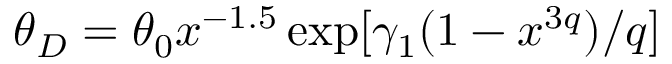
\theta _ { D } = \theta _ { 0 } x ^ { - 1 . 5 } \exp [ \gamma _ { 1 } ( 1 - x ^ { 3 q } ) / q ]